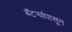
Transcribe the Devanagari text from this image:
बॅटर्‍यांपासून